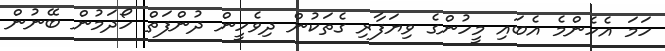
ހަމަ އެހެންމެ އެބައި މީހުންގެ ވިޔަފާރި ގެތަކުން ދިވެހީން ދުންފަތް ހޯދަމުން ބޭނުން